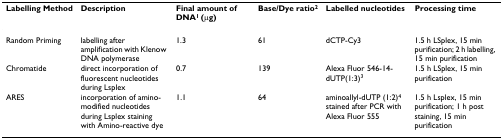
<table><thead><tr><td><b>Labelling Method</b></td><td><b>Description</b></td><td><b>Final amount of DNA<sup>1 </sup>(μg)</b></td><td><b>Base/Dye ratio<sup>2</sup></b></td><td><b>Labelled nucleotides</b></td><td><b>Processing time</b></td></tr></thead><tbody><tr><td>Random Priming</td><td>labelling after amplification with Klenow DNA polymerase</td><td>1.3</td><td>61</td><td>dCTP-Cy3</td><td>1.5 h LSplex, 15 min purification; 2 h labelling, 15 min purification</td></tr><tr><td>Chromatide</td><td>direct incorporation of fluorescent nucleotides during Lsplex</td><td>0.7</td><td>139</td><td>Alexa Fluor 546-14-dUTP(1:3)<sup>3</sup></td><td>1.5 h LSplex, 15 min purification</td></tr><tr><td>ARES</td><td>incorporation of amino-modified nucleotides during Lsplex staining with Amino-reactive dye</td><td>1.1</td><td>64</td><td>aminoallyl-dUTP (1:2)<sup>4 </sup>stained after PCR with Alexa Fluor 555</td><td>1.5 h Lsplex, 15 min purification; 1 h post staining, 15 min purification</td></tr></tbody></table>